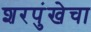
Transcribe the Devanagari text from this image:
शरपुंखेचा